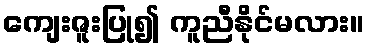
ကျေးဇူးပြု၍ ကူညီနိုင်မလား။